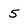
Character: 5